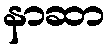
နာဆာ